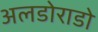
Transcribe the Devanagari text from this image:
अलडोराडो